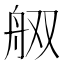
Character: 𰰋